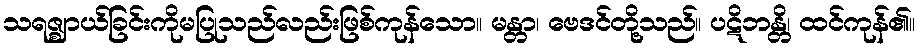
သရဇ္ဈာယ်ခြင်းကိုမပြုသည်လည်းဖြစ်ကုန်သော။ မန္တာ၊ ဗေဒင်တို့သည်။ ပဋိဘန္တိ၊ ထင်ကုန်၏။